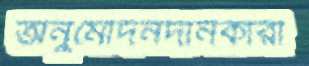
অনুমোদনদানকারী